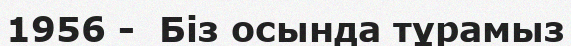
1956 -  Біз осында тұрамыз